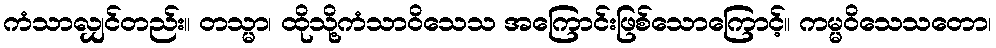
ကံသာလျှင်တည်း။ တသ္မာ၊ ထိုသို့ကံသာဝိသေသ အကြောင်းဖြစ်သောကြောင့်။ ကမ္မဝိသေသတော၊